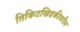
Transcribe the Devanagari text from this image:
तिकिटखिडकीवरील